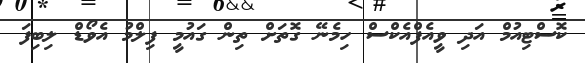
ކޮސްޓިއުމް އަދި ވީއެފްއެކްސް ހިމެނޭ ގޮތަށް ތިން ގައުމީ ފިލްމު އެވޯޑް ލިބިފަ